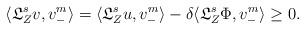
LaTeX: \begin{align*}\langle {\mathfrak L}^s_Z v, v^m_-\rangle = \langle {\mathfrak L}^s_Z u, v^m_-\rangle-\delta \langle {\mathfrak L}^s_Z \Phi, v^m_-\rangle\ge 0.\end{align*}